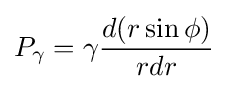
P_{\gamma }=\gamma {\frac {d(r\sin {\phi })}{rdr}}